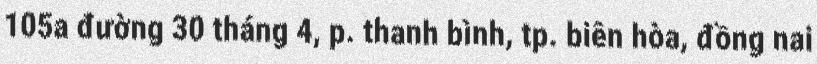
105a đường 30 tháng 4, p. thanh bình, tp. biên hòa, đồng nai